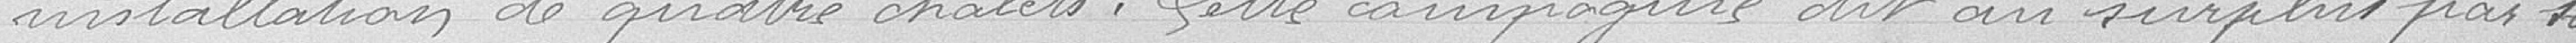
installation de quatre chalets. Cette compagnie dit au surplus pas 10